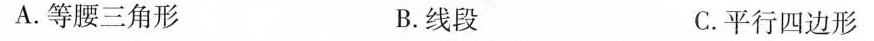
A.等腰三角形 B.线段 C.平行四边形